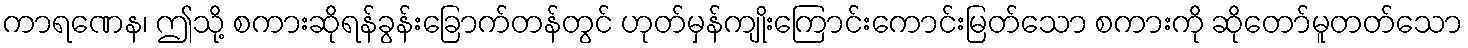
ကာရဏေန၊ ဤသို့ စကားဆိုရန်ခွန်းခြောက်တန်တွင် ဟုတ်မှန်ကျိုးကြောင်းကောင်းမြတ်သော စကားကို ဆိုတော်မူတတ်သော